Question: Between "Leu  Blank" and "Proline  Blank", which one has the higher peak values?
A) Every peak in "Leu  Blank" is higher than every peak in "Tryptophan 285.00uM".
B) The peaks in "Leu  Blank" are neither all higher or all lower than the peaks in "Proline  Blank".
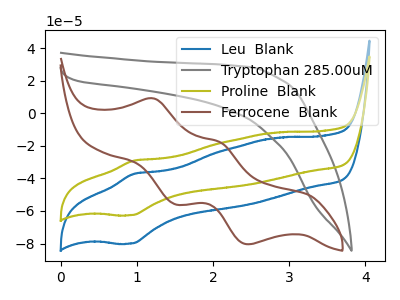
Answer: <think>The blue curve "Leu  Blank" has an anodic peak at (0.95V, -37.25uA) and a cathodic peak at (0.95V, -80.00uA). The gray curve "Tryptophan 285.00uM" has no peaks. The olive curve "Proline  Blank" has an anodic peak at (0.95V, -29.15uA) and a cathodic peak at (0.95V, -62.60uA). The brown curve "Ferrocene  Blank" has anodic peaks at (1.20V, 9.00uA) (2.10V, -17.85uA) and cathodic peaks at (1.50V, -56.00uA) (2.45V, -80.45uA).</think>
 <answer>B) The peaks in "Leu  Blank" are neither all higher or all lower than the peaks in "Proline  Blank".</answer>
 <eval>B</eval>